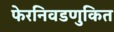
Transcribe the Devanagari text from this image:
फेरनिवडणुकित